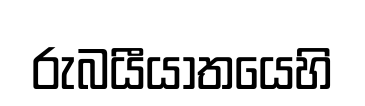
රුබයීයාතයෙහි